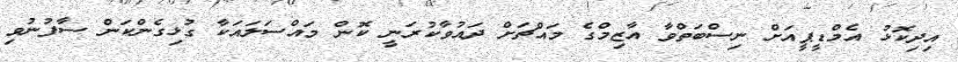
އިދިކޮޅު އެމްޑީޕީއަށް ނިސްބަތްވާ އާޒިމްގެ މައްޗަށް ދައުވާކުރަނީ ކޮން މައްސަލައަކާ ގުޅިގެންކަން ސާފުނުވި